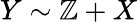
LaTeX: Y\sim\mathbb{Z}+X